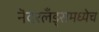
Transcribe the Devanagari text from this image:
नॆदरलँड्समध्येच